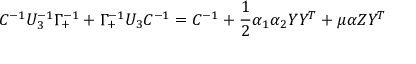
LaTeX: C ^ { - 1 } U _ { 3 } ^ { - 1 } \Gamma _ { + } ^ { - 1 } + \Gamma _ { + } ^ { - 1 } U _ { 3 } C ^ { - 1 } = C ^ { - 1 } + { \frac { 1 } { 2 } } \alpha _ { 1 } \alpha _ { 2 } Y Y ^ { T } + \mu \alpha Z Y ^ { T }